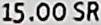
15.00 SR